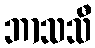
ဘာသသီ